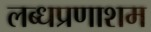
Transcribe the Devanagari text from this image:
लब्धप्रणाशम